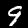
Label: 9